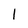
Character: 1